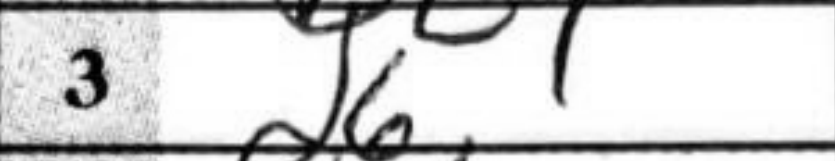
Transcription: d6